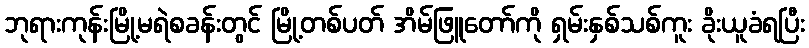
ဘုရားကုန်းမြို့မရဲစခန်းတွင် မြို့တစ်ပတ် အိမ်ဖြူတော်ကို ရှမ်းနှစ်သစ်ကူး ခိုးယူခံရပြီး